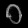
Digit: ၀